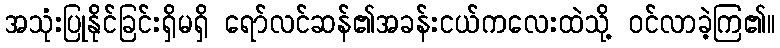
အသုံးပြုနိုင်ခြင်းရှိမရှိ ရော်လင်ဆန်၏အခန်းငယ်ကလေးထဲသို့ ဝင်လာခဲ့ကြ၏။